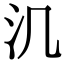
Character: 㲹